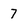
Character: 7